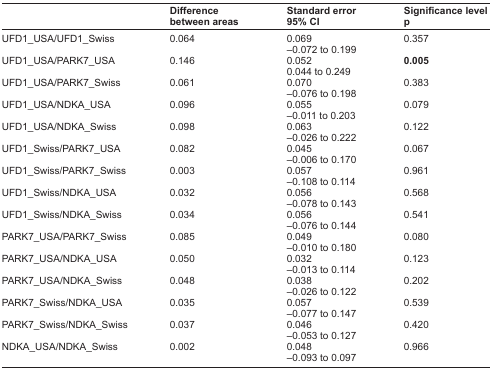
|  | Difference between areas | Standard error 95% CI | Significance level p |
 | --- | --- | --- | --- |
 | UFD1_USA/UFD1_Swiss | 0.064 | 0.069−0.072 to 0.199 | 0.357 |
 | UFD1_USA/PARK7_USA | 0.146 | 0.0520.044 to 0.249 | 0.005 |
 | UFD1_USA/PARK7_Swiss | 0.061 | 0.070−0.076 to 0.198 | 0.383 |
 | UFD1_USA/NDKA_USA | 0.096 | 0.055−0.011 to 0.203 | 0.079 |
 | UFD1_USA/NDKA_Swiss | 0.098 | 0.063−0.026 to 0.222 | 0.122 |
 | UFD1_Swiss/PARK7_USA | 0.082 | 0.045−0.006 to 0.170 | 0.067 |
 | UFD1_Swiss/PARK7_Swiss | 0.003 | 0.057−0.108 to 0.114 | 0.961 |
 | UFD1_Swiss/NDKA_USA | 0.032 | 0.056−0.078 to 0.143 | 0.568 |
 | UFD1_Swiss/NDKA_Swiss | 0.034 | 0.056−0.076 to 0.144 | 0.541 |
 | PARK7_USA/PARK7_Swiss | 0.085 | 0.049−0.010 to 0.180 | 0.080 |
 | PARK7_USA/NDKA_USA | 0.050 | 0.032−0.013 to 0.114 | 0.123 |
 | PARK7_USA/NDKA_Swiss | 0.048 | 0.038−0.026 to 0.122 | 0.202 |
 | PARK7_Swiss/NDKA_USA | 0.035 | 0.057−0.077 to 0.147 | 0.539 |
 | PARK7_Swiss/NDKA_Swiss | 0.037 | 0.046−0.053 to 0.127 | 0.420 |
 | NDKA_USA/NDKA_Swiss | 0.002 | 0.048−0.093 to 0.097 | 0.966 |